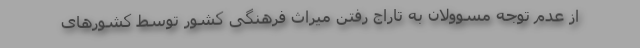
از عدم توجه مسوولان به تاراج رفتن میراث فرهنگی کشور توسط کشورهای